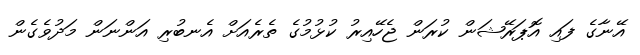
އޭނާގެ ފައި އޮޕަރޭޝަން ކުރަން ޖެހޭއިރު ކުޅުމުގެ ތެރެއަށް އެނބުރި އަންނަން މަދުވެގެން